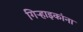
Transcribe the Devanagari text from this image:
गिऱ्हाइकांना